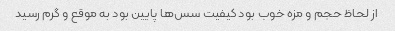
از لحاظ حجم و مزه خوب بود کیفیت سس‌ها پایین بود به موقع و گرم رسید